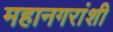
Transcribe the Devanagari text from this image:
महानगरांशी